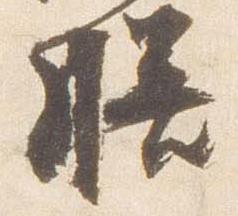
膳